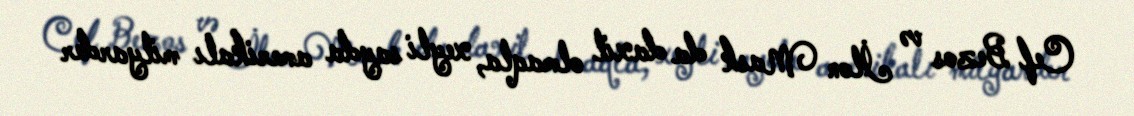
Cef Bezos və İlon Mask da daxil olmaqla, xeyli sayda amerikalı milyarder